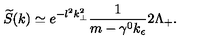
\widetilde { S } ( k ) \simeq e ^ { - l ^ { 2 } k _ { \perp } ^ { 2 } } \frac { 1 } { m - \gamma ^ { 0 } k _ { \epsilon } } 2 \Lambda _ { + } .